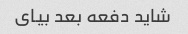
شاید دفعه بعد بیای